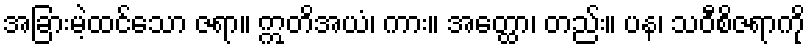
အခြားမဲ့ထင်သော ဇရာ။ ဣတိအယံ၊ ကား။ အတ္ထော၊ တည်း။ ပန၊ သဝီစိဇရာကို